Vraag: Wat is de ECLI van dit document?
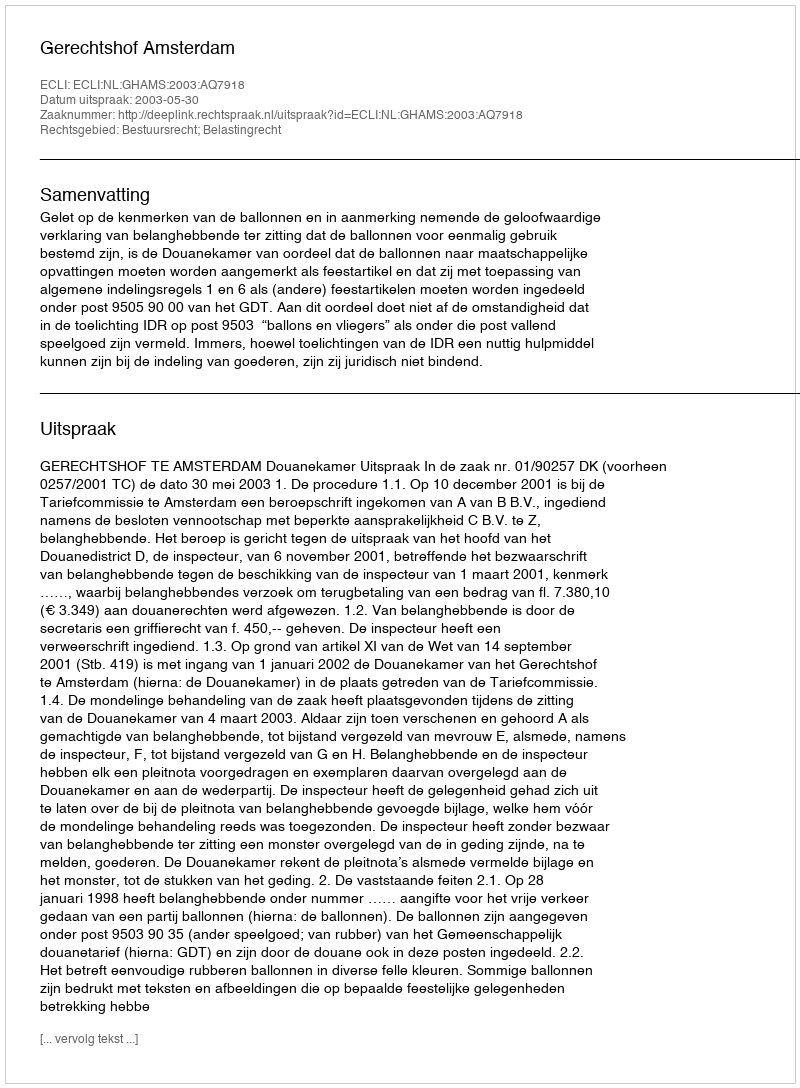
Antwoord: ECLI:NL:GHAMS:2003:AQ7918